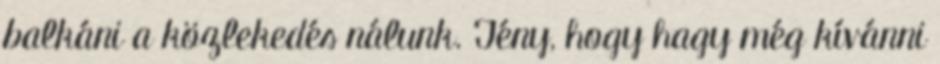
balkáni a közlekedés nálunk. Tény, hogy hagy még kívánni